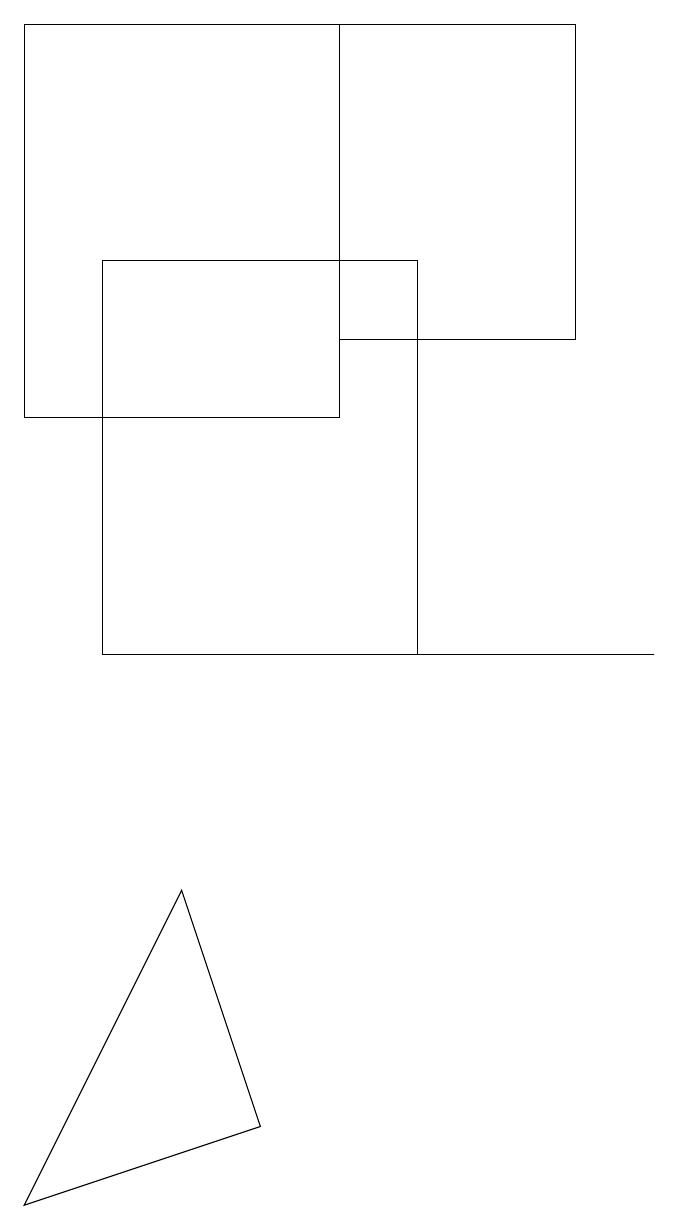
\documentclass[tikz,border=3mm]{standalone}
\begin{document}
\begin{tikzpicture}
\draw (1,18) rectangle (5,13);
\draw (4,4) -- (1,3) -- (3,7) -- cycle;
\draw (2,15) rectangle (6,10);
\draw (8,14) rectangle (5,18);
\draw (3,10) rectangle (9,10);
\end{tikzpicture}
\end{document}